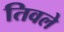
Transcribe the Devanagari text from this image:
तिवले